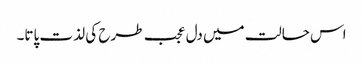
اس حالت میں دل عجب طرح کی لذت پاتا۔